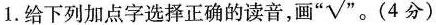
(30分)1.给下列加点字选择正确的读音，画”√”。(4分)